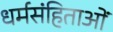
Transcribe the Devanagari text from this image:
धर्मसंहिताओं